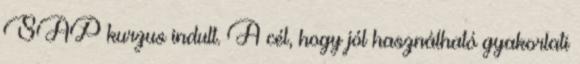
SAP kurzus indult. A cél, hogy jól használható gyakorlati